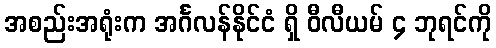
အစည်းအရုံးက အင်္ဂလန်နိုင်ငံ ရှိ ဝီလီယမ် ၄ ဘုရင်ကို